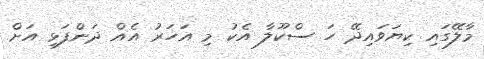
މާލޭގައި ކިޔަވައިދޭ ހަ ސްކޫލާ އެކު މި އަހަރު އެއް ދަންފަޅި އަށް